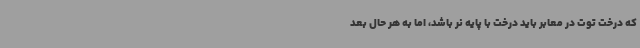
که درخت توت در معابر باید درخت با پایه نر باشد، اما به هر حال بعد